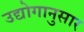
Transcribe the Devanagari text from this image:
उद्योगानुसार